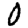
Digit: 0